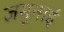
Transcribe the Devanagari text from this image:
जमुनाई